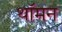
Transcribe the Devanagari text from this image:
थॉमन